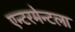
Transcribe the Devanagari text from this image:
एन्टरमेन्टला